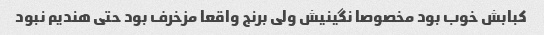
کبابش خوب بود مخصوصا نگینیش ولی برنج واقعا مزخرف بود حتی هندیم نبود